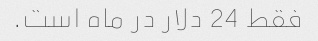
فقط 24 دلار در ماه است.